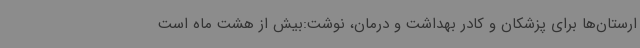
ارستان‌ها برای پزشکان و کادر بهداشت و درمان، نوشت:بیش از هشت ماه است